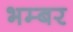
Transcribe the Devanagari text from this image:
भम्बर